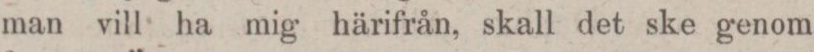
man vill ha mig härifrån, skall det ske genom